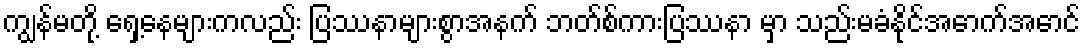
ကျွန်မတို့ ရှေ့နေများကလည်း ပြဿနာများစွာအနက် ဘတ်စ်ကားပြဿနာ မှာ သည်းမခံနိုင်အောက်အောင်